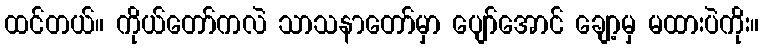
ထင်တယ်။ ကိုယ်တော်ကလဲ သာသနာတော်မှာ ပျော်အောင် ချော့မှ မထားပဲကိုး။